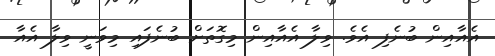
އެއާއިން ބުނެފި އެވެ. ވިލާ އެއާއިން މިގޮތަށް ބުނެފައި މިވަނީ ވިލާ އެއާ